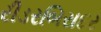
રીડરબિરાદર